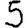
Digit: 5